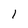
Character: 1